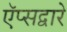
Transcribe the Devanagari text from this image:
ऍप्सद्वारे